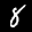
Label: 8